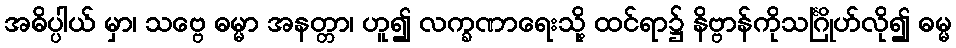
အဓိပ္ပါယ် မှာ၊ သဗ္ဗေ ဓမ္မာ အနတ္တာ၊ ဟူ၍ လက္ခဏာရေးသို့ ထင်ရာ၌ နိဗ္ဗာန်ကိုသင်္ဂြိုဟ်လို၍ ဓမ္မ